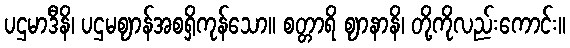
ပဌမာဒီနိ၊ ပဌမဈာန်အစရှိကုန်သော။ စတ္တာရိ ဈာနာနိ၊ တို့ကိုလည်းကောင်း။